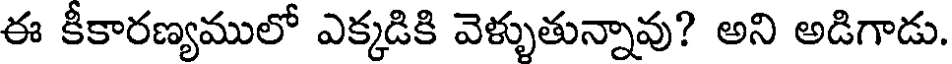
ఈ కీకారణ్యములో ఎక్కడికి వెళ్ళుతున్నావు? అని అడిగాడు.